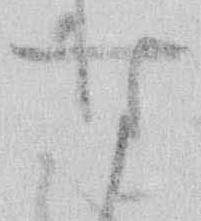
す